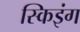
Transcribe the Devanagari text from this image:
स्किइंग